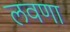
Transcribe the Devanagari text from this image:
लवणा